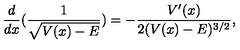
\frac { d } { d x } ( \frac { 1 } { \sqrt { V ( x ) - E } } ) = - \frac { V ^ { \prime } ( x ) } { 2 ( V ( x ) - E ) ^ { 3 / 2 } } ,